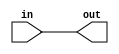
module mov1(out, in);
    // Input (Source register)
    input  in;
    
    // Output (Destination register)
    output out;
    
    assign out = in;
endmodule